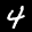
Label: 4